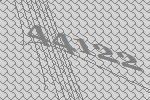
44122